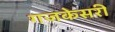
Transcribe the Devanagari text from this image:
गजकेसरी